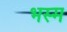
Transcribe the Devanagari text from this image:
भस्‍म